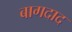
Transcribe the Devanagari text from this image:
बागदाद